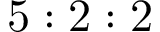
5 : 2 : 2